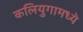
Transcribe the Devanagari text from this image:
कलियुगामध्ये